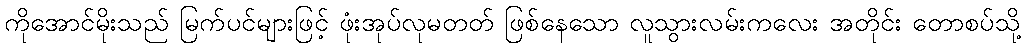
ကိုအောင်မိုးသည် မြက်ပင်များဖြင့် ဖုံးအုပ်လုမတတ် ဖြစ်နေသော လူသွားလမ်းကလေး အတိုင်း တောစပ်သို့